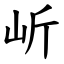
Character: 岓